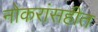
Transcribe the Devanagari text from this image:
नोकरांसहीत